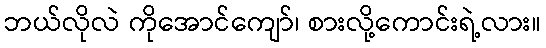
ဘယ်လိုလဲ ကိုအောင်ကျော်၊ စားလို့ကောင်းရဲ့လား။